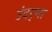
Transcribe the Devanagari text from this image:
उंदर्‍या